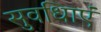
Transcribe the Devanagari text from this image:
सुवधिाएं